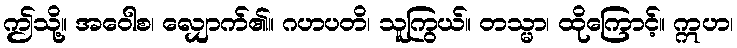
ဤသို့။ အဝေါစ၊ လျှောက်၏။ ဂဟပတိ၊ သူကြွယ်။ တသ္မာ၊ ထိုကြောင့်။ ဣဟ၊